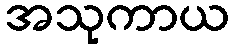
အသုကာယ